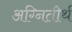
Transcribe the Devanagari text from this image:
अग्‍नितीर्थ